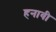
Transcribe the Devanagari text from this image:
हनावी